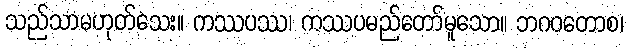
သည်သာမဟုတ်သေး။ ကဿပဿ၊ ကဿပမည်တော်မူသော။ ဘဂဝတောစ၊